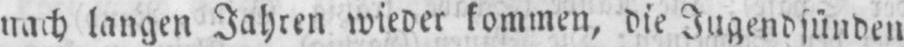
nach langen Jahren wieder kommen, die Jugendsünden